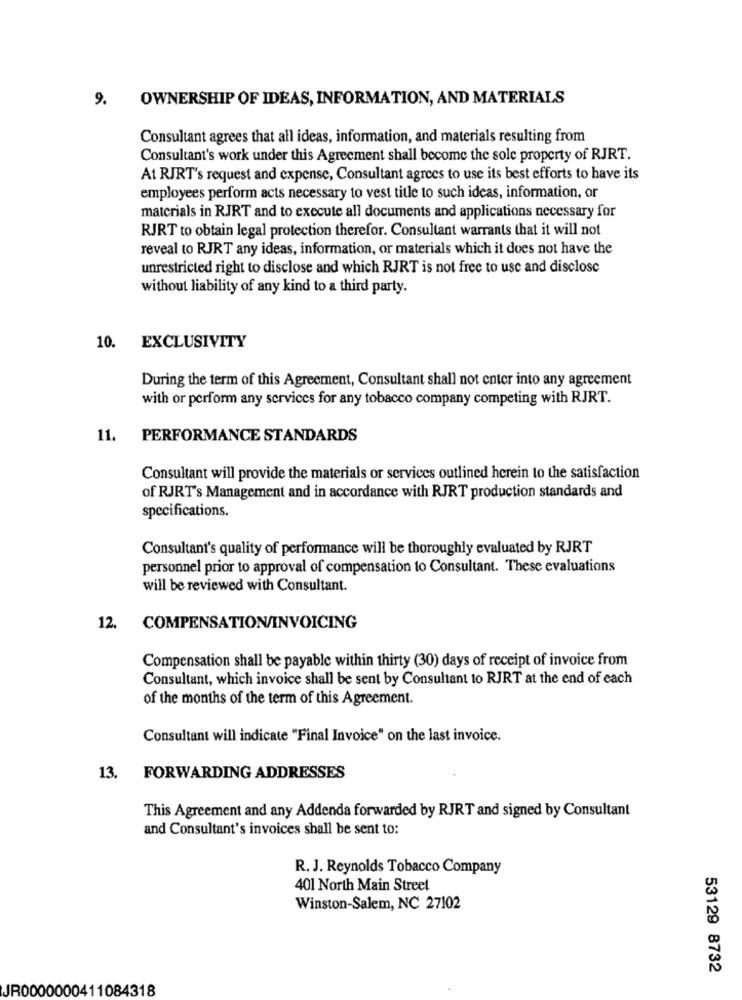
9.
OWNERSHIP OF IDEAS, INFORMATION, AND MATERIALS
Consultant agrees that all ideas, information, and materials resulting from
Consultant's work under this Agreement shall become the sole property of RJRT.
At RJRT's request and expense, Consultant agrees to use its best efforts to have its
employees perform acts necessary to vest title to such ideas, information, or
materials in RJRT and to execute all documents and applications necessary for
RJRT to obtain legal protection therefor. Consultant warrants that it will not
reveal to RJRT any ideas, information, or materials which it does not have the
unrestricted right to disclose and which RJRT is not free to use and disclose
without liability of any kind to a third party.
10. EXCLUSIVITY
During the term of this Agreement, Consultant shall not enter into any agreement
with or perform any services for any tobacco company competing with RJRT.
11.
PERFORMANCE STANDARDS
Consultant will provide the materials or services outlined herein to the satisfaction
of RJRT's Management and in accordance with RJRT production standards and
specifications.
Consultant's quality of performance will be thoroughly evaluated by RJRT
personnel prior to approval of compensation to Consultant. These evaluations
will be reviewed with Consultant.
12. COMPENSATION/INVOICING
Compensation shall be payable within thirty (30) days of receipt of invoice from
Consultant, which invoice shall be sent by Consultant to RJRT at the end of each
of the months of the term of this Agreement.
Consultant will indicate "Final Invoice" on the last invoice.
13. FORWARDING ADDRESSES
This Agreement and any Addenda forwarded by RJRT and signed by Consultant
and Consultant's invoices shall be sent to:
R. J. Reynolds Tobacco Company
401 North Main Street
Winston-Salem, NC 27102
53129 8732
JR0000000411084318